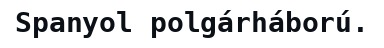
Spanyol polgárháború.